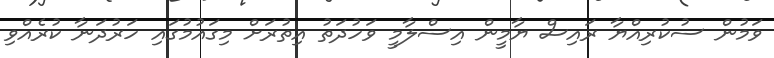
ވަމުން ސުކުރިއްޔާ ރައިސް ޔާމީން އިސްލާމީ ވަހުދަތު އިތުރަށް މިގައުމުގައި ހަރުދަނާ ކުރެއްވި